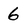
Character: 6